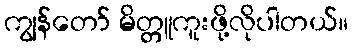
ကျွန်တော် မိတ္တူကူးဖို့လိုပါတယ်။